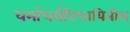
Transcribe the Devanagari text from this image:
धर्माधर्मविधायिनीम्